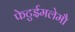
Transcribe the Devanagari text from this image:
फेटुईमलेमौ